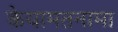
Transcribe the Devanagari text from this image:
केयामतनामा